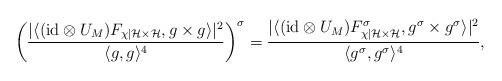
LaTeX: \begin{align*} \left(\frac{|\langle (\mathrm{id}\otimes U_M)F_{\chi|\mathcal H \times \mathcal H}, g \times g \rangle|^2}{\langle g,g \rangle^4}\right)^{\sigma} = \frac{|\langle (\mathrm{id}\otimes U_M)F_{\chi|\mathcal H \times \mathcal H}^{\sigma}, g^{\sigma} \times g^{\sigma} \rangle|^2}{\langle g^{\sigma},g^{\sigma} \rangle^4}, \end{align*}